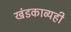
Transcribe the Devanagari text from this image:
खंडकाव्यही